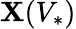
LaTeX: \mathbf{X}(V_{*})